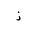
Letter: _thal